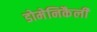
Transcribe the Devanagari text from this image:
डोमेनिकैली